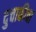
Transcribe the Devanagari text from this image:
दुचाकीचा